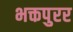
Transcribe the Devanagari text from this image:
भक्तपुरर